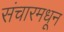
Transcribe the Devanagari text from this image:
संचारमधून